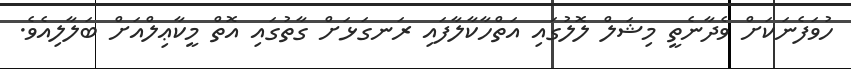
ހުވަފެނަކަށް ވެދާނެތީ މިޝަލް ލޮލުގައި އަތްހާކާލާފައި ރަނގަޅަށް ގާތުގައި އޮތް މީކާޢިލްއަށް ބަލާލިއެވެ.